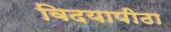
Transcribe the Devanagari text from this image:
विदयापीठा